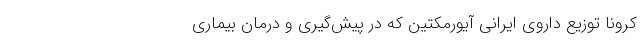
کرونا توزیع داروی ایرانی آیورمِکتین که در پیش‌گیری و درمان بیماری